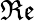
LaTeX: \mathfrak{Re}